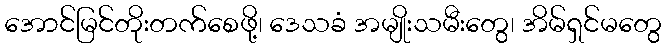
အောင်မြင်တိုးတက်စေဖို့၊ ဒေသခံ အမျိုးသမီးတွေ၊ အိမ်ရှင်မတွေ